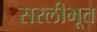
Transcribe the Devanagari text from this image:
सरलीभूत